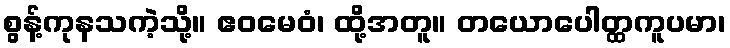
စွန့်ကုနသကဲ့သို့။ ဧဝမေဝံ၊ ထို့အတူ။ တယောပေါတ္ထကူပမာ၊